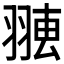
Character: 𦑐